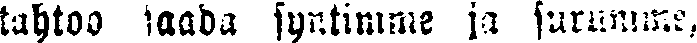
tahtoo saada syntimme ja surumme,